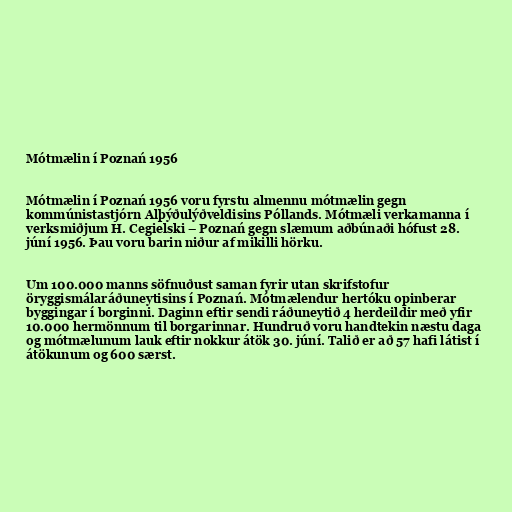
Mótmælin í Poznań 1956

Mótmælin í Poznań 1956 voru fyrstu almennu mótmælin gegn
kommúnistastjórn Alþýðulýðveldisins Póllands. Mótmæli verkamanna í
verksmiðjum H. Cegielski – Poznań gegn slæmum aðbúnaði hófust 28.
júní 1956. Þau voru barin niður af mikilli hörku.

Um 100.000 manns söfnuðust saman fyrir utan skrifstofur
öryggismálaráðuneytisins í Poznań. Mótmælendur hertóku opinberar
byggingar í borginni. Daginn eftir sendi ráðuneytið 4 herdeildir með yfir
10.000 hermönnum til borgarinnar. Hundruð voru handtekin næstu daga
og mótmælunum lauk eftir nokkur átök 30. júní. Talið er að 57 hafi látist í
átökunum og 600 særst.